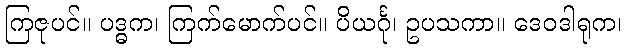
ကြဇုပင်။ ပဒ္ဓက၊ ကြက်မောက်ပင်။ ပိယင်္ဂု၊ ဥပသကာ။ ဒေဝဒါရုက၊